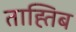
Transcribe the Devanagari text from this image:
ताह्तिब